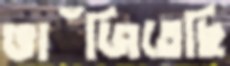
ভাঁজিতেছি